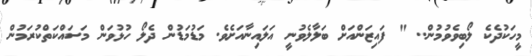
މީހަކުދެކެ ލޯބިވެވުމުން.. " ފައިޒަންއަށް ބަލާލެވުނީ އަލައިނާއަށެވެ. މަޑުމަޑުން ދެލޯ ހުޅުވަން މަސައްކަތްކުރަމުން